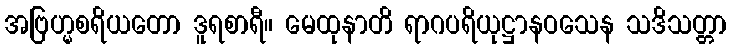
အဗြဟ္မစရိယတော ဒူရစာရီ။ မေထုနာတိ ရာဂပရိယုဋ္ဌာနဝသေန သဒိသတ္တာ